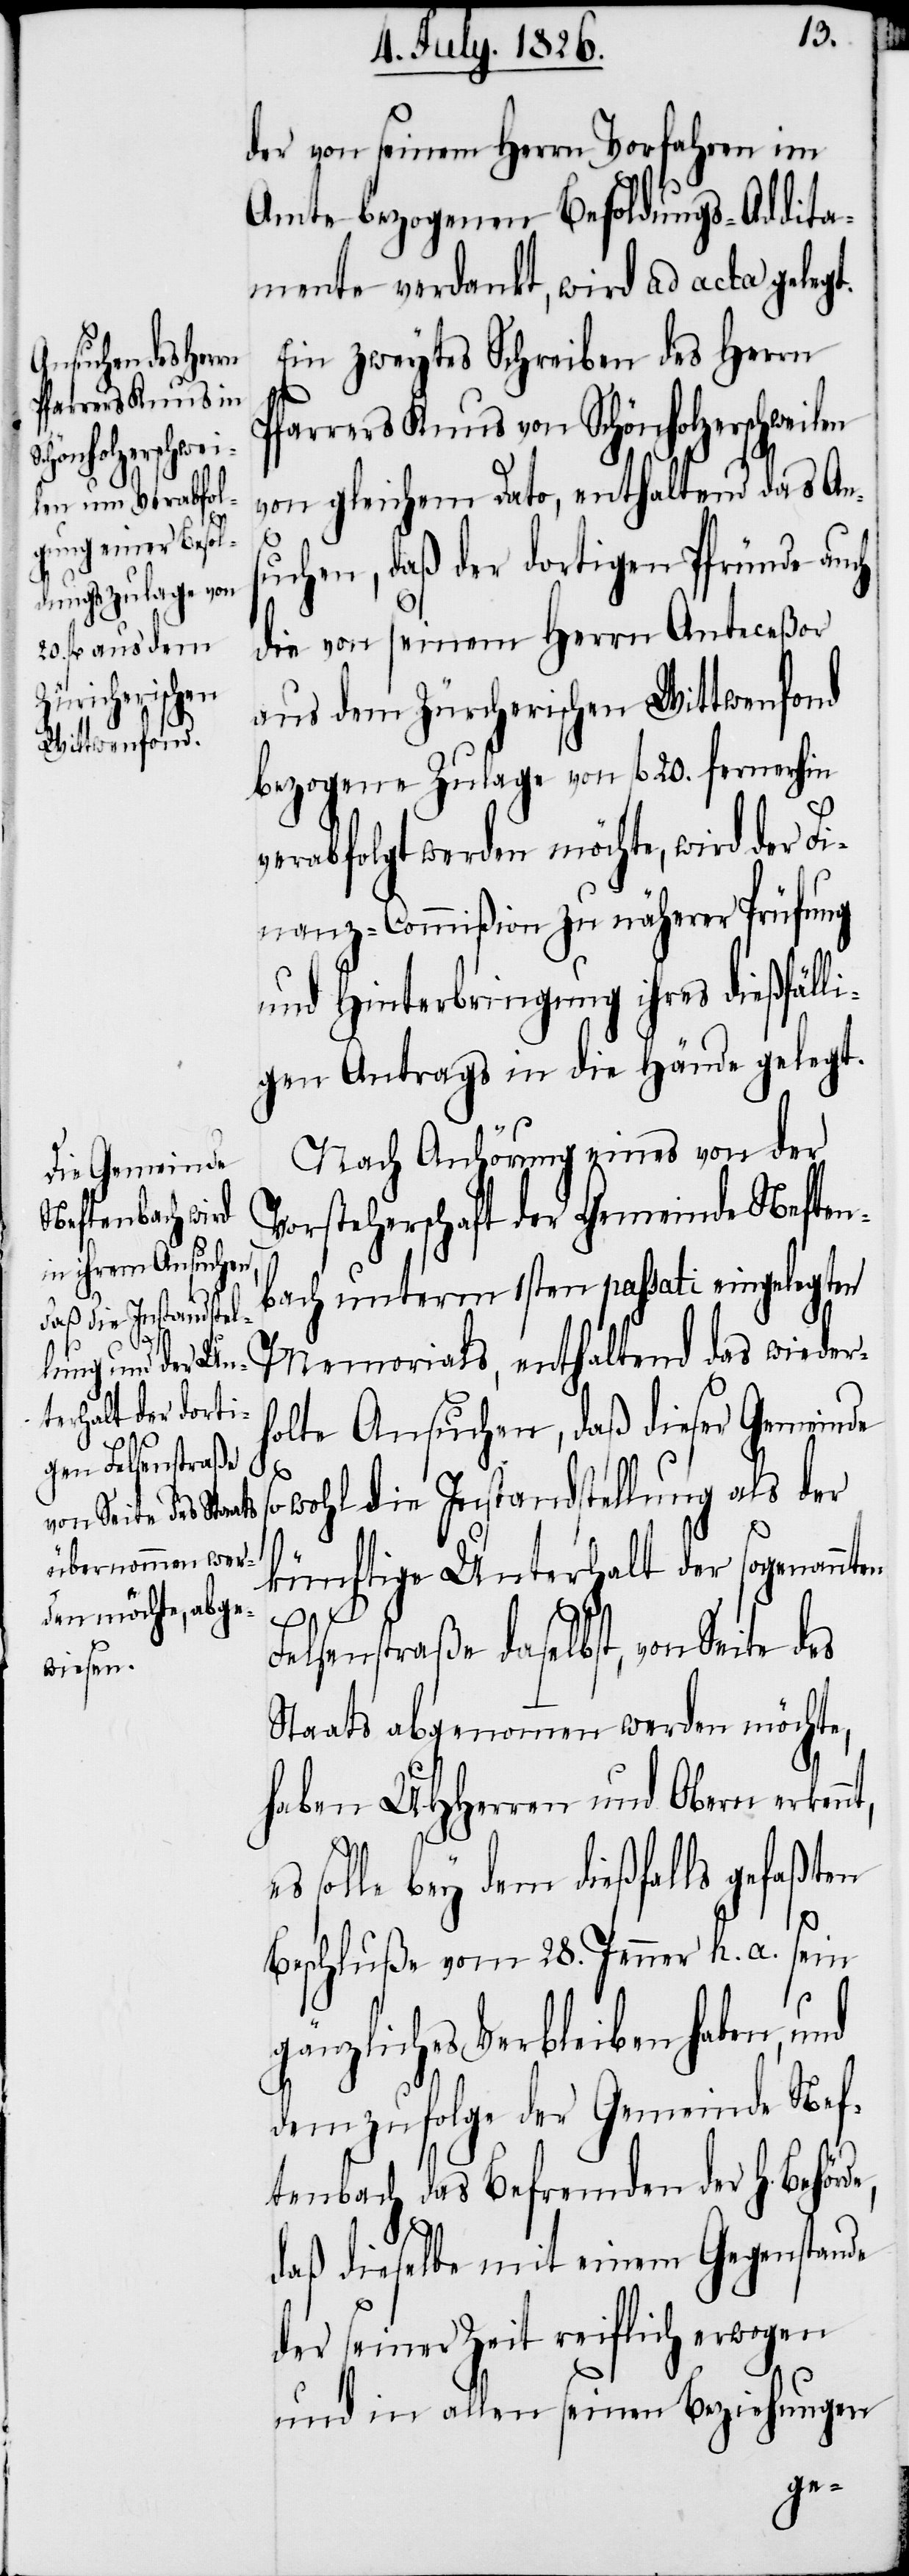
e,

der von seinem Herrn Vorfahren im
Amte bezogenen Besoldungs-Addita¬
mente verdankt, wird ad acta gelegt.
Ein zweytes Schreiben des Herrn
Pfarrers Knus von Schönholzerschweilen
von gleichem Dato, enthaltend das Ans¬
uchen, daß der dortigen Pfründe auch
die von seinem Herrn Anteceßor
aus dem Zürcherischen Wittwenfond
bezogene Zulage von fl. 20. fernerhin
rabfolgt werden möchte, wird der
Finanz-Commißion zu näherer Prüfung
und Hinterbringung ihres dießfälli¬
gen Antrags in die Hände gelegt.
Nach Anhörung eines von der
Vorsteherschaft der Gemeinde Neften¬
bach unterm 1sten passati eingelegten
Memorials, enthaltend das wieder¬
holte Ansuchen, daß dieser Gemeinde
sowohl die Instandstellung als der
künftige Unterhalt der sogenannt¬
Felsenstraße daselbst, von Seite des
Staats abgenommen werden möchte,
haben MHHerren und Obern erken¬
solle bey dem dießfalls gefaßten
Beschluße vom 28. Jenner h. a. sein
gänzliches Verbleiben haben, und
demzufolge der Gemeinde Nef¬
tenbach das Befremden der H. Behörd¬
daß dieselbe mit einem Gegenstande
der seiner Zeit reiflich erwogen
und in allen seinen Beziehungen
ve¬